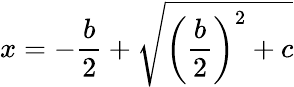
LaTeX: x=-{\frac{b}{2}}+{\sqrt{\left({\frac{b}{2}}\right)^{2}+c}}